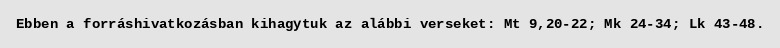
Ebben a forráshivatkozásban kihagytuk az alábbi verseket: Mt 9,20-22; Mk 24-34; Lk 43-48.